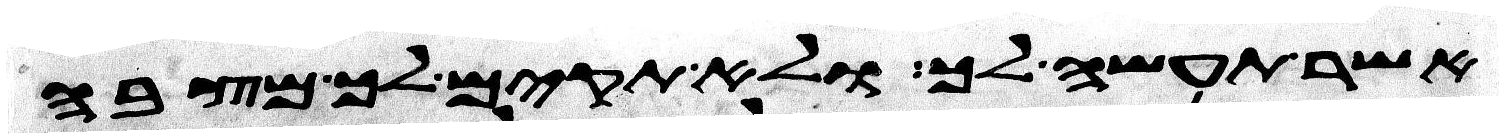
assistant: אשר תעשה לך ולא תקים לך מצבה